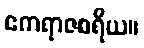
ဧကရာဇစရိယ။